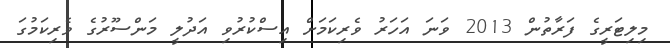
މިލިޓަރީގެ ފަރާތުން 2013 ވަނަ އަހަރު ވެރިކަމަށް އިސްކުރުވި އަދުލީ މަންސޫރުގެ ވެރިކަމުގަ